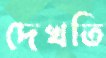
দেখতি